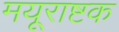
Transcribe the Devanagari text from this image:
मयूराष्टक